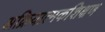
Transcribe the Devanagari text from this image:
अक्रियात्मकशिक्षण